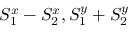
S _ { 1 } ^ { x } - S _ { 2 } ^ { x } , S _ { 1 } ^ { y } + S _ { 2 } ^ { y }